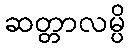
ဆတ္တာလမ္ပိ